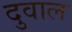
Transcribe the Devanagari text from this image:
दुवाल